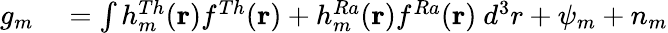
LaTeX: \begin{array}{rl}{g_{m}}&{{}=\int h_{m}^{Th}(\mathbf{r})f^{Th}(\mathbf{r})+h_{m}^{Ra}(\mathbf{r})f^{Ra}(\mathbf{r})~d^{3}r+\psi_{m}+n_{m}}\end{array}